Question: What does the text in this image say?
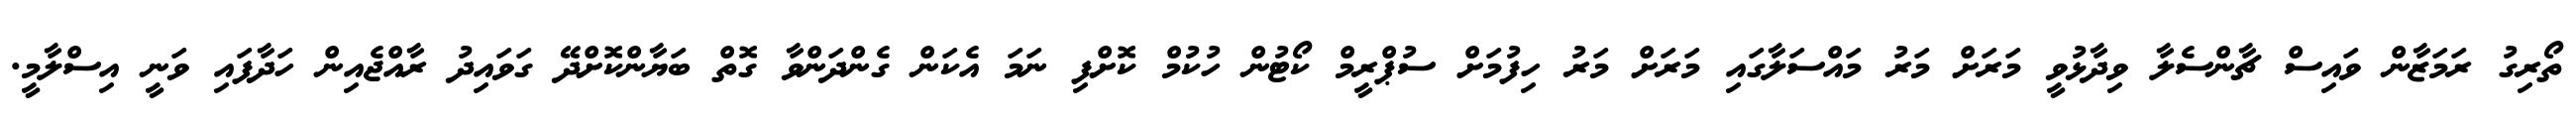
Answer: ތޯރިގު ރަމަޒާން ވައިސް ޗާންސެލާ ވިދާޅުވީ މަރަށް މަރު މައްސަލާގައި މަރަށް މަރު ހިފުމަށް ސުޕްރީމް ކޯޓުން ހުކުމް ކޮށްފި ނަމަ އެކަން ގެންދަންވާ ގޮތް ބަޔާންކޮށްދޭ ގަވައިދު ރާއްޖެއިން ހަދާފައި ވަނީ އިސްލާމީ.